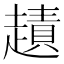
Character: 䟄